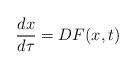
LaTeX: \begin{align*}\dfrac{dx}{d\tau}=DF(x,t) \end{align*}